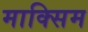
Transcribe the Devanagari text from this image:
माक्सिम